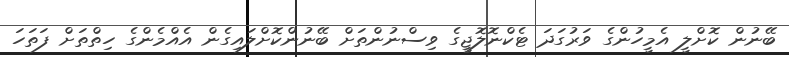
ބޭނުން ކޮށްލީ އެމީހުންގެ ވަރުގަދަ ޓެކްނޮލޮޖީގެ ވިސްނުންތަށް ބޭނުންކޮށްލައިގެން އެެއްމެންގެ ހިތްތަށް ފަތަހަ